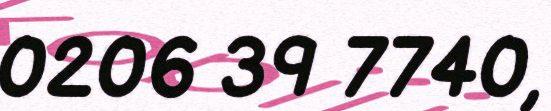
0206 39 7740,